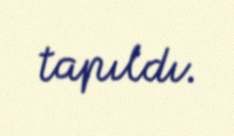
tapıldı.